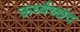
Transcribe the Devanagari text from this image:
ऊर्ध्वच्छंद